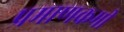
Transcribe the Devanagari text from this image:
प्रमाणकमी